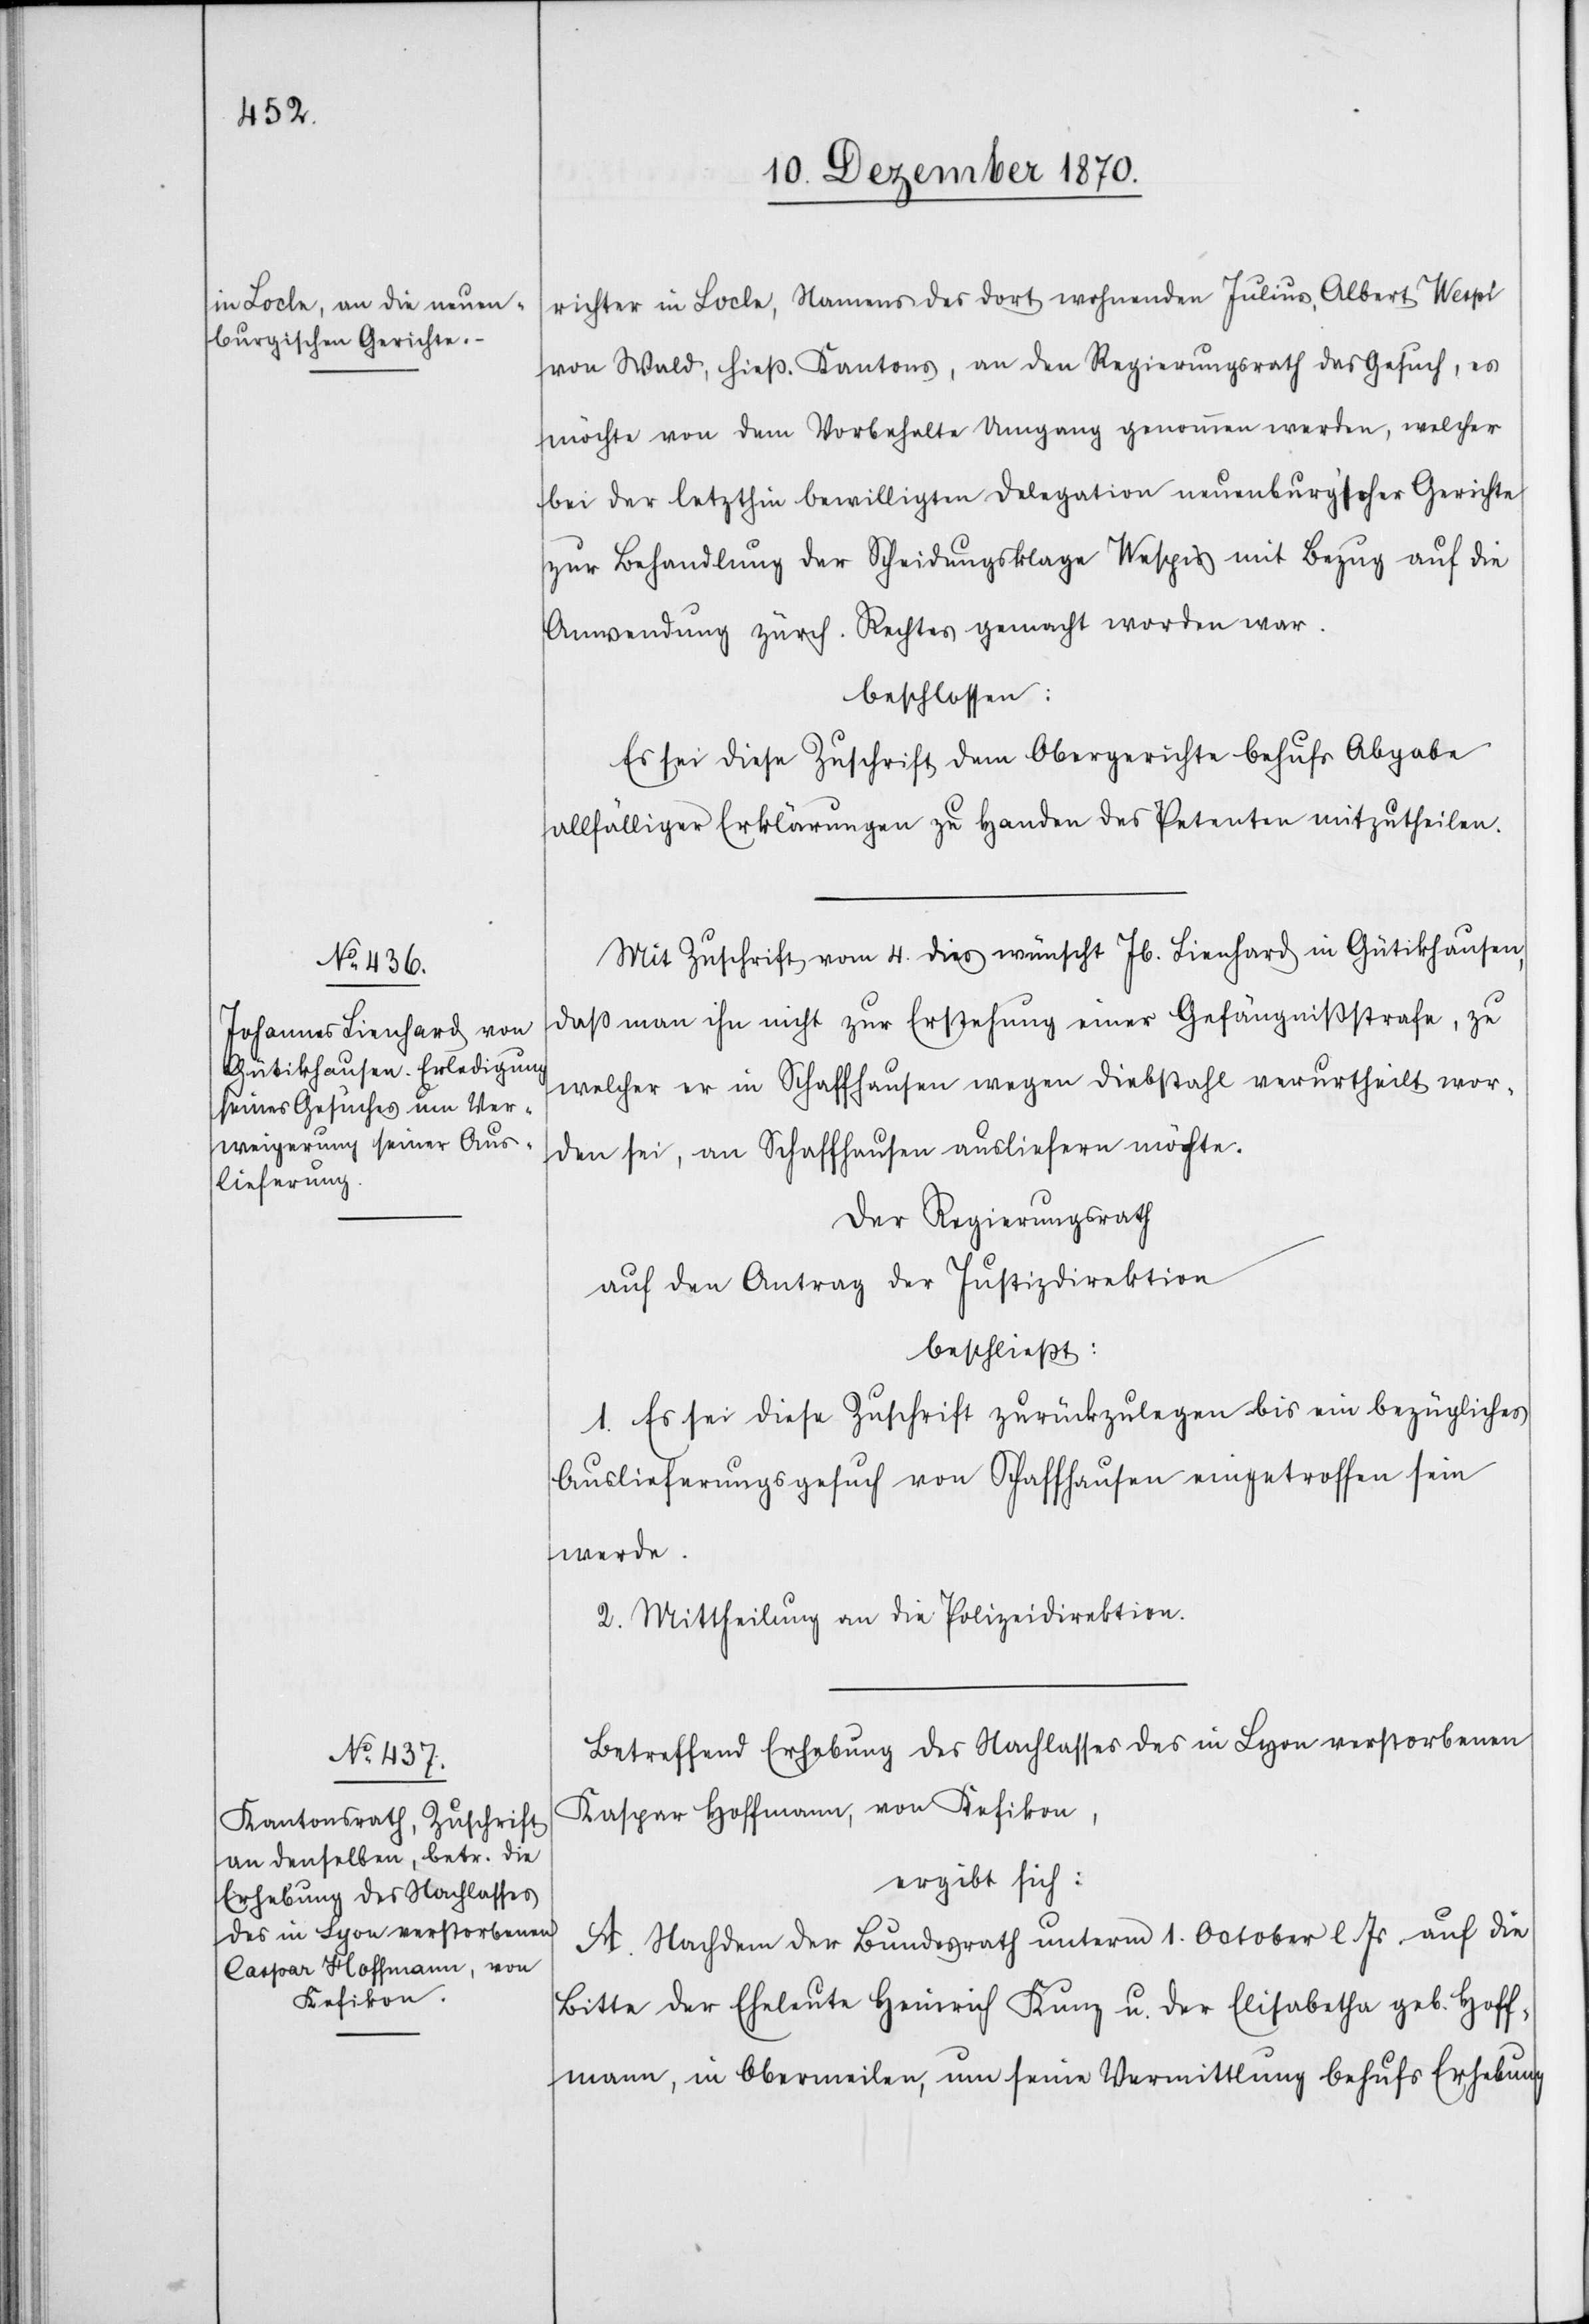
Kaspar [sic!] Hoffmann, von
Kefikon,

richter in Locle, Namens des dort wohnenden Julius Albert Wespi
von Wald, hieß. Kantons, an den Regierungsrath das Gesuch, es
möchte von dem Vorbehalte Umgang genommen werden, welcher
bei der letzthin bewilligten Delegation neuenburg’scher Gerichte
zur Behandlung der Scheidungsklage Wespis mit Bezug auf die
Anwendung zürch. Rechtes gemacht worden war,
beschlossen:
Es sei diese Zuschrift dem Obergerichte behufs Abgabe
allfälliger Erklärungen zu Handen des Petenten mitzutheilen.
Mit Zuschrift vom 4. dies wünscht Jh. Lienhard in Gütikhausen,
daß man ihn nicht zur Erstehung einer Gefängnißstrafe, zu
welcher er in Schaffhausen wegen Diebstahl verurtheilt wor¬
den sei, an Schaffhausen ausliefern möchte.
Der Regierungsrath
auf den Antrag der Justizdirektion
beschließt:
1. Es sei diese Zuschrift zurückzulegen bis ein bezügliches
Auslieferungsgesuch von Schaffhausen eingetroffen sein
werde.
2. Mittheilung an die Polizeidirektion.
Betreffend Erhebung des Nachlasses des in Lyon verstorbenen
ergibt sich:
A. Nachdem der Bundesrath unterm 1. October l. Js auf die
Bitte der Eheleute Heinrich Kunz u. der Elisabetha geb. Hoff¬
mann, in Obermeilen, um seine Vermittlung behufs Erhebung